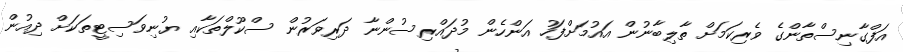
އަފްގާނިސްތާންގެ ވެރިކަމަށް ތާލިބާނުން އައުމަށްފަހު އަންހެން މުދައްރިސުންނާ ދަރިވަރުން ސްކޫލްތަކާއި ޔުނިވަސިޓީތަކަށް ދިއުން